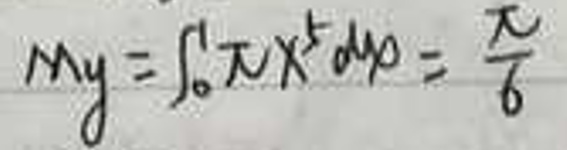
$M_y=\int_{0}^{1}\pi x^{5}dx=\frac{\pi}{6}$